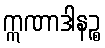
ဣဏာဒါနဉ္စ